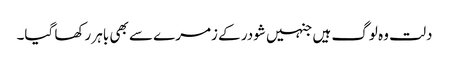
دلت وہ لوگ ہیں جنہیں شودر کے زمرے سے بھی باہر رکھا گیا۔